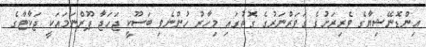
އިންޑޮނޭޝިޔާގެ ވެރިރަށުގެ ގަވަރްނަރުގެ ގޮތުގައި މިހާރު ހުންނެވި ބަސޫކީ ޖަހަޖާ ޕޫރްނަމައަކީ ޖަކާޓާގެ